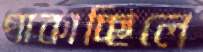
পাকাচ্ছিলে